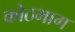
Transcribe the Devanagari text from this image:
कोठभाग